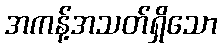
အကန့်အသတ်ရှိသော